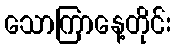
သောကြာနေ့တိုင်း